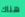
هناك